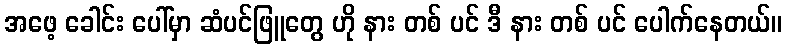
အဖေ့ ခေါင်း ပေါ်မှာ ဆံပင်ဖြူတွေ ဟို နား တစ် ပင် ဒီ နား တစ် ပင် ပေါက်နေတယ်။